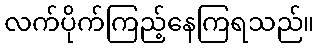
လက်ပိုက်ကြည့်နေကြရသည်။